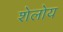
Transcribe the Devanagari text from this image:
शेलोय